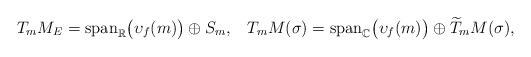
LaTeX: \begin{align*} T_mM_E=\mathrm{span}_\mathbb{R}\big(\upsilon_f(m) \big)\oplus S_m,\,\,\,\,\,T_m M(\sigma)=\mathrm{span}_\mathbb{C}\big(\upsilon_f(m)\big)\oplus \widetilde{T}_mM(\sigma),\end{align*}